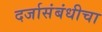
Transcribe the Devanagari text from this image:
दर्जासंबंधीचा